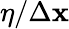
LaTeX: \eta/\Delta\mathbf{x}